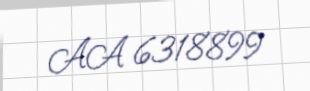
AA 6318899